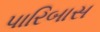
પારિબાસ